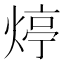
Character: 㷚